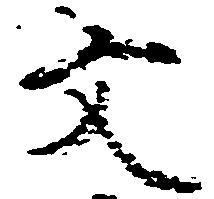
文